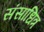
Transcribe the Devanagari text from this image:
संसाधित्र